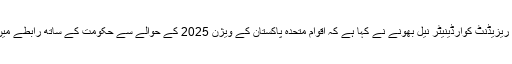
یو این ریزیڈنٹ کوآرڈینیٹر نیل بھونے نے کہا ہے کہ اقوام متحدہ پاکستان کے ویژن 2025 کے حوالے سے حکومت کے ساتھ رابطے میں ہے۔